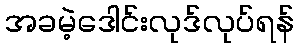
အခမဲ့ဒေါင်းလုဒ်လုပ်ရန်